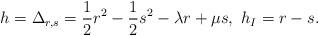
LaTeX: \begin{align*}h=\Delta_{r,s}=\frac{1}{2}r^{2}-\frac{1}{2}s^{2}-\lambda r+\mu s,\ h_{I}=r-s.\end{align*}